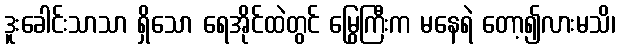
ဒူးခေါင်းသာသာ ရှိသော ရေအိုင်ထဲတွင် မြွေကြီးက မနေရဲ တော့၍လားမသိ၊